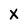
Character: X